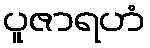
ပူဇာရဟံ